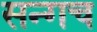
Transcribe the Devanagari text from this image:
सन्गच